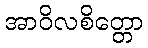
အာဝိလစိတ္တော